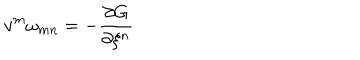
v ^ { m } \omega _ { m n } = - \frac { \partial G } { \partial \xi ^ { n } }